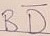
Text: BD